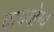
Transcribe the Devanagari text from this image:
दाययोग्य